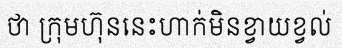
ថា ក្រុមហ៊ុននេះហាក់មិនខ្វាយខ្វល់